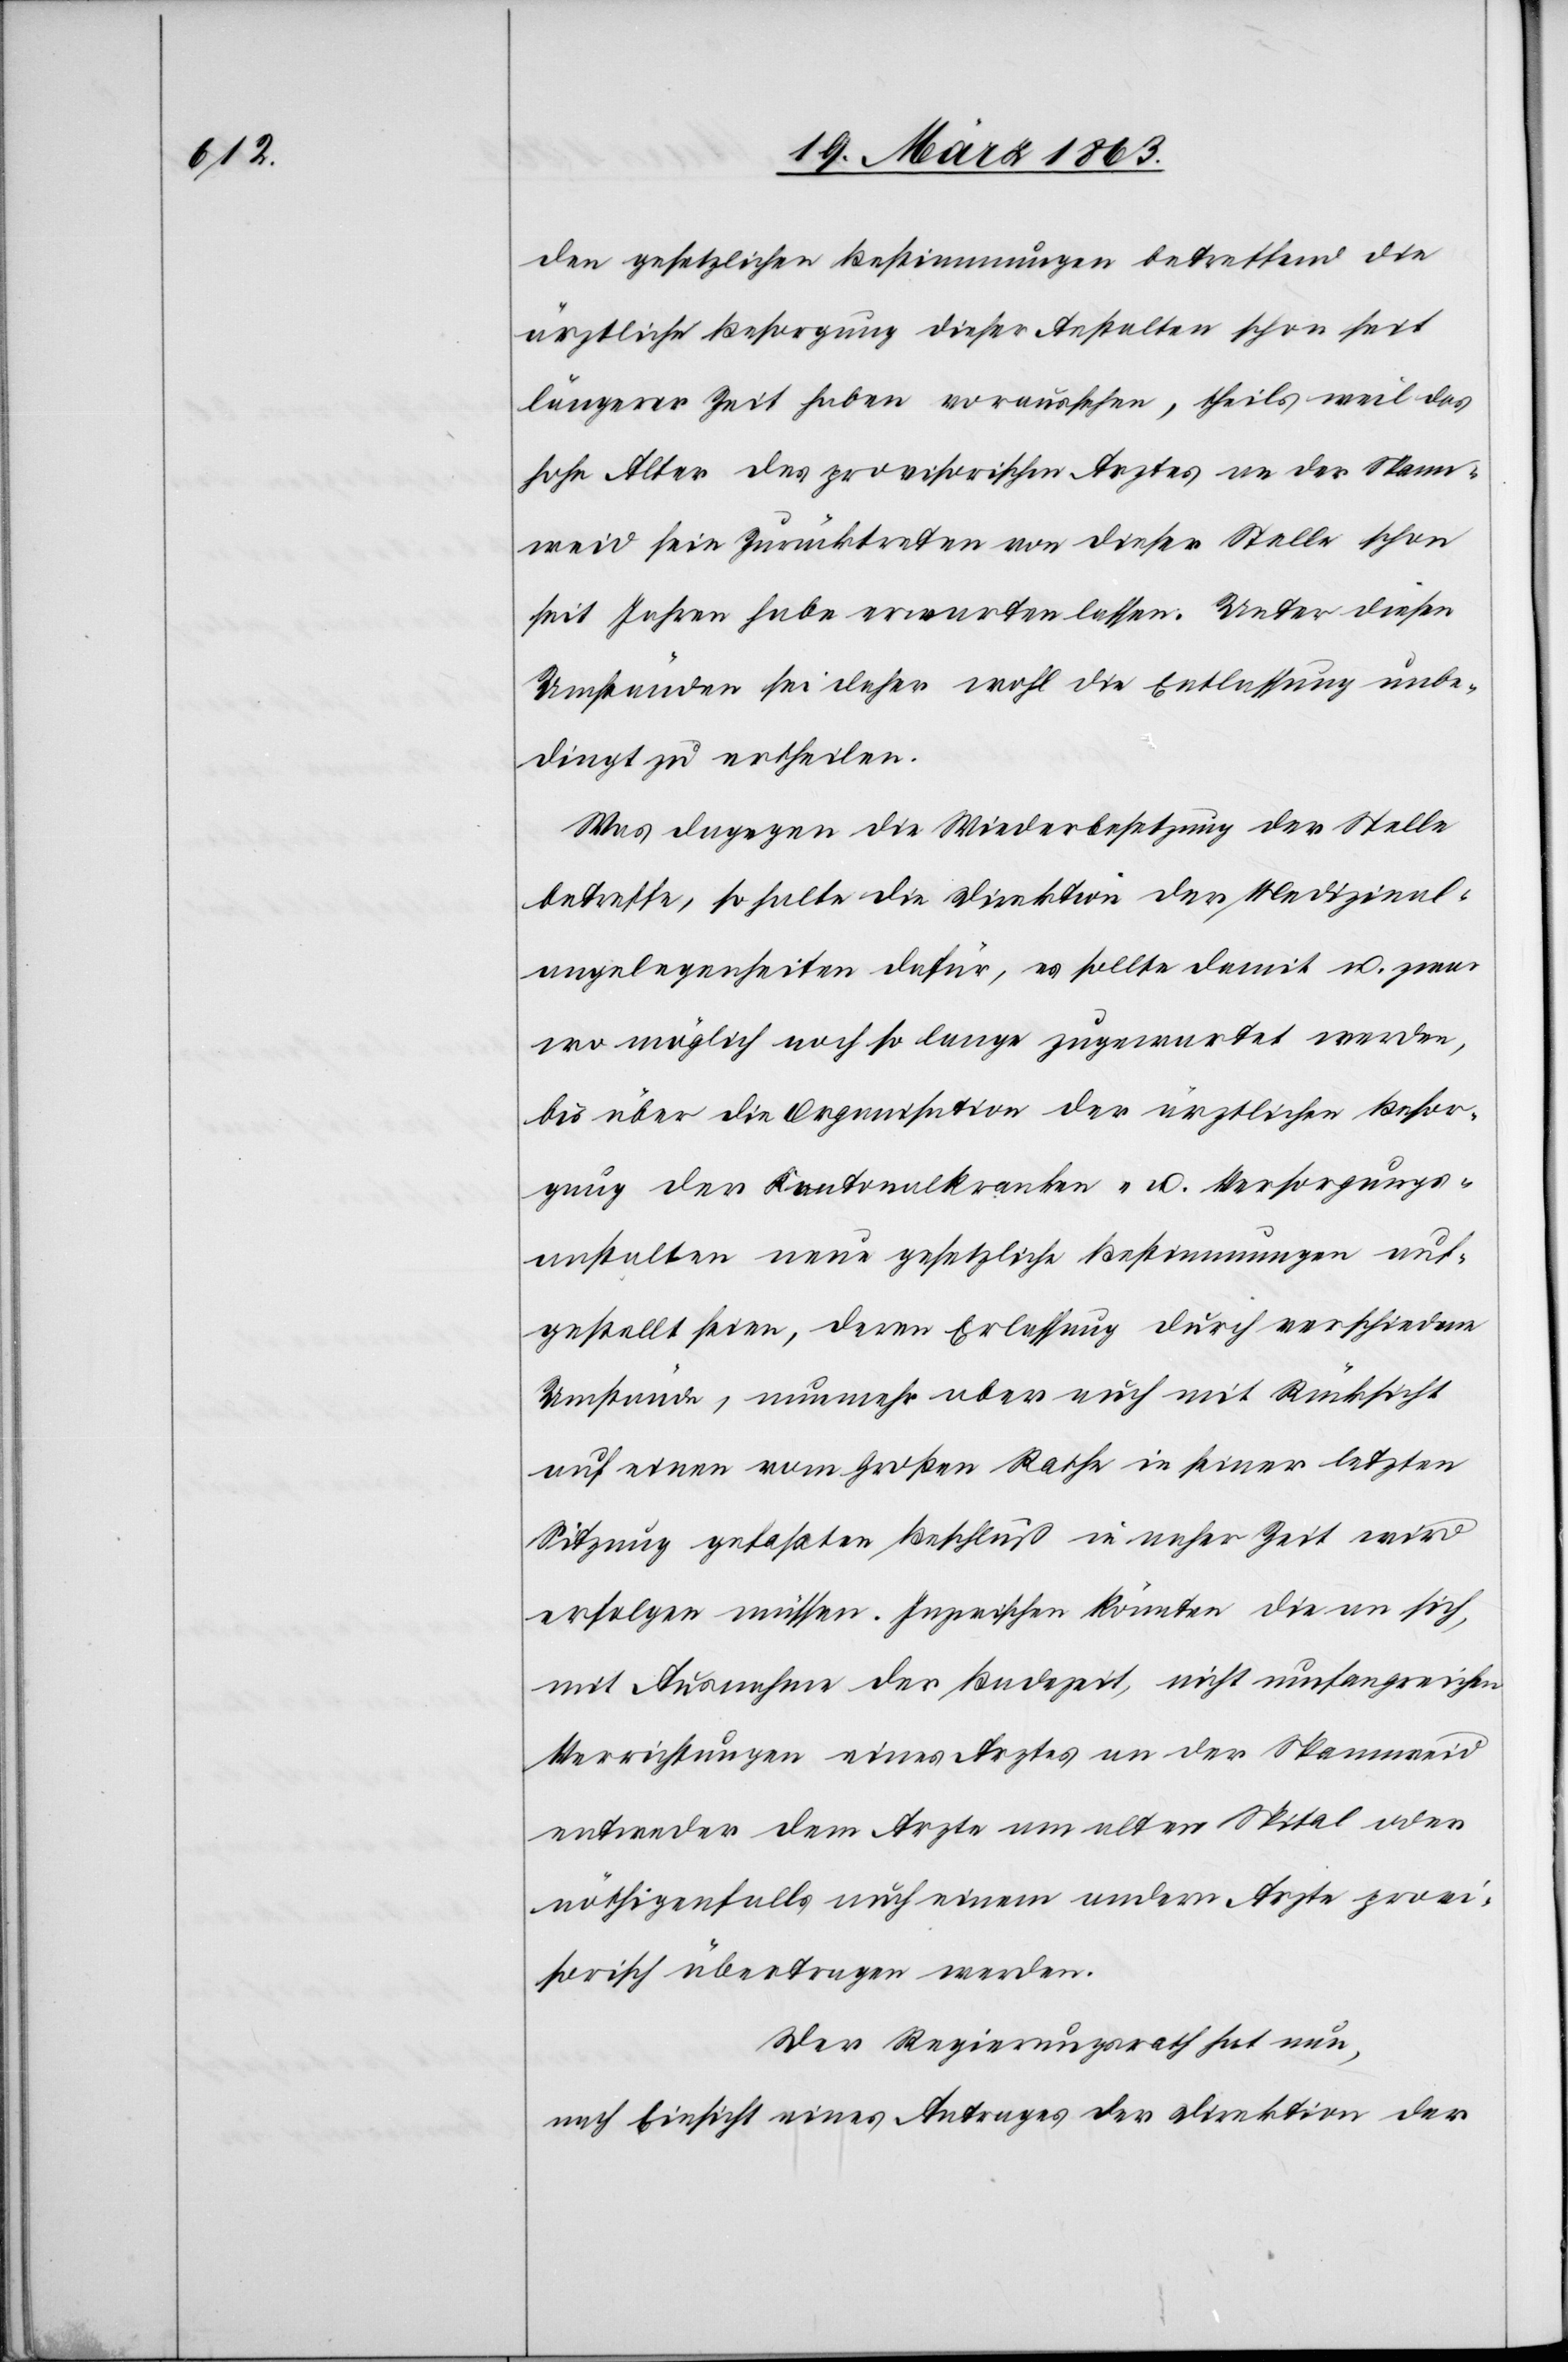
den gesetzlichen Bestimmungen betreffend die
ärztliche Besorgung dieser Anstalten schon seit
längerer Zeit haben voraussehen, theils weil das
hohe Alter des provisorischen Arztes an der Spann¬
weid sein Zurücktreten von dieser Stelle schon
seit Jahren habe erwarten lassen. Unter diesen
Umständen sei daher wohl die Entlassung unbe¬
dingt zu ertheilen.
Was dagegen die Wiederbesetzung der Stelle
betreffe, so halte die Direktion der Medizinal¬
angelegenheiten dafür, es sollte damit u. zwar
wo möglich noch so lange zugewartet werden,
bis über die Organisation der ärztlichen Besor¬
gung der Kantonalkranken- u. Versorgungs¬
anstalten neue gesetzliche Bestimmungen auf¬
gestellt seien, deren Erlassung durch verschiedene
Umstände, nunmehr aber auch mit Rücksicht
auf einen vom Großen Rathe in seiner letzten
Sitzung gefaßten Beschluß in naher Zeit wird
erfolgen müssen. Inzwischen könnten die an sich,
mit Ausnahme der Badezeit, nicht umfangreichen
Verrichtungen eines Arztes an der Spannweid
entweder dem Arzte am alten Spital oder
nöthigenfalls auch einem andern Arzte provi¬
sorisch übertragen werden.
Der Regierungsrath hat nun,
nach Einsicht eines Antrages der Direktion der